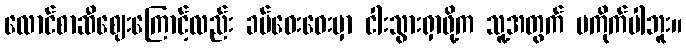
လောင်စာဆီဈေးကြောင့်လည်း ခပ်ဝေးဝေးမှာ ငါးသွားရှာဖို့က သူ့အတွက် မကိုက်ပါဘူး။